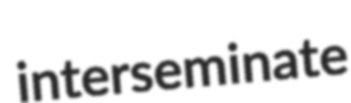
interseminate